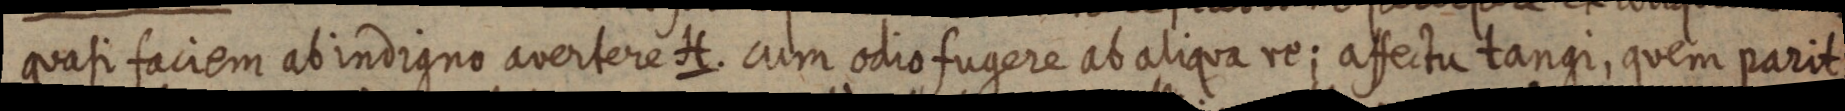
quasi faciem ab indigno avertere H. cum odio fugere ab aliqua re; affectu tangi, quem parit